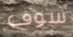
سوف